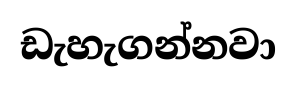
ඩැහැගන්නවා